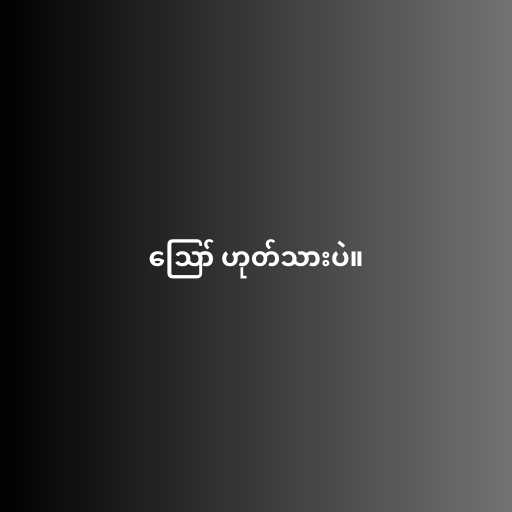
ဪ ဟုတ်သားပဲ။